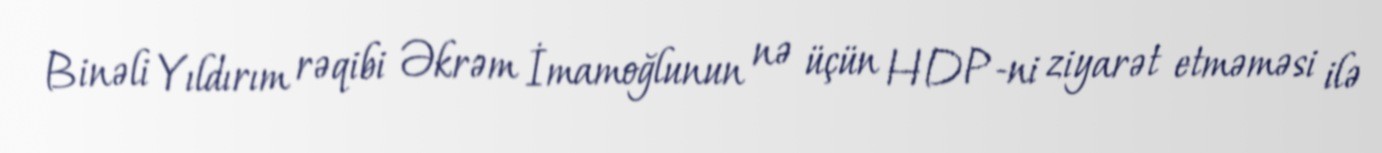
Binəli Yıldırım rəqibi Əkrəm İmamoğlunun nə üçün HDP-ni ziyarət etməməsi ilə